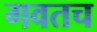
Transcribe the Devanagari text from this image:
गवतच